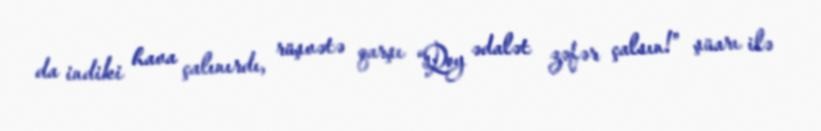
da indiki hava çalınırdı, rüşvətə qarşı “Qoy ədalət zəfər çalsın!” şüarı ilə